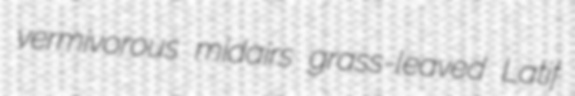
vermivorous midairs grass-leaved Latif